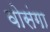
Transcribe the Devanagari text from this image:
वोसंगा